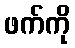
ဖက်ကို